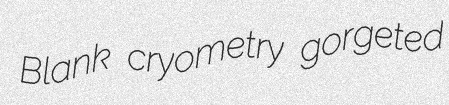
Blank cryometry gorgeted